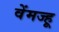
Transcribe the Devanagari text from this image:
वेंमज्हू